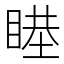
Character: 𥈻